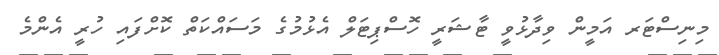
މިނިސްޓަރ އަމީން ވިދާޅުވީ ޓާޝަރީ ހޮސްޕިޓަލް އެޅުމުގެ މަސައްކަތް ކޮށްފައި ހުރީ އެންމެ